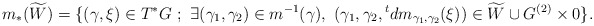
\begin{align*} m_*(\widetilde{W}) = \{ (\gamma,\xi)\in T^*G \ ;\ \exists (\gamma_1,\gamma_2)\in m^{-1}(\gamma),\ (\gamma_1,\gamma_2,{}^tdm_{\gamma_1,\gamma_2}(\xi))\in \widetilde{W}\cup G^{(2)}\times 0\}.\end{align*}